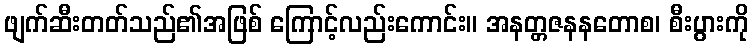
ဖျက်ဆီးတတ်သည်၏အဖြစ် ကြောင့်လည်းကောင်း။ အနတ္တဇနနတောစ၊ စီးပွားကို